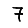
Digit: 7